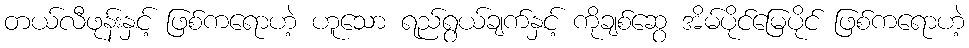
တယ်လီဖုန်းနှင့် ဖြစ်ကရောဟဲ့ ဟူသော ရည်ရွယ်ချက်နှင့် ကိုချစ်ဆွေ အိမ်ပိုင်မြေပိုင် ဖြစ်ကရောဟဲ့